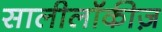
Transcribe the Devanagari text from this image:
सालीलॉकीज़